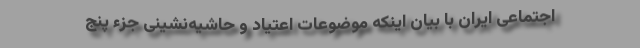
اجتماعی ایران با بیان اینکه موضوعات اعتیاد و حاشیه‌نشینی جزء پنج